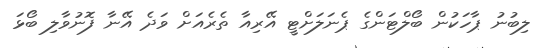
ލިބުނު ޕާހަކުން ބޯލްޓަންގެ ޕެނަލަށްޓީ އޭރިއާ ތެރެއަށް ވަދެ އޭނާ ފޮނުވާލި ބޯޅަ